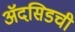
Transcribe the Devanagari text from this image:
ॲदसिडची